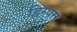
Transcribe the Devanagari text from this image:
ह्विस्परर